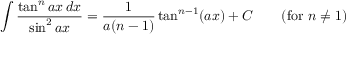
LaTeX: \int { \frac { \tan ^ { n } a x \, d x } { \sin ^ { 2 } a x } } = { \frac { 1 } { a ( n - 1 ) } } \tan ^ { n - 1 } ( a x ) + C \qquad { \mathrm { ( f o r ~ } } n \neq 1 { \mathrm { ) } }